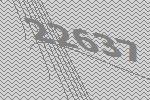
22637